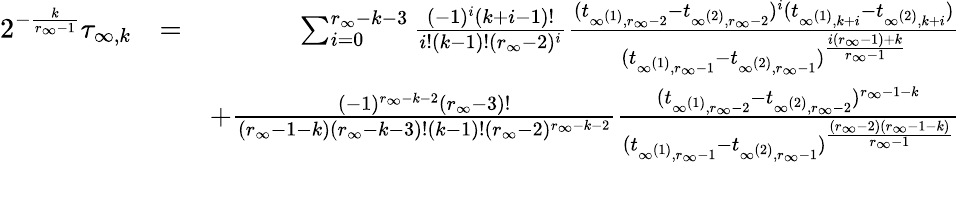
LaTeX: \begin{array}{rlr}{2^{-\frac{k}{r_{\infty}-1}}\tau_{\infty,k}}&{=}&{\sum_{i=0}^{r_{\infty}-k-3}\frac{(-1)^{i}(k+i-1)!}{i!(k-1)!(r_{\infty}-2)^{i}}\frac{(t_{\infty^{(1)},r_{\infty}-2}-t_{\infty^{(2)},r_{\infty}-2})^{i}(t_{\infty^{(1)},k+i}-t_{\infty^{(2)},k+i})}{(t_{\infty^{(1)},r_{\infty}-1}-t_{\infty^{(2)},r_{\infty}-1})^{\frac{i(r_{\infty}-1)+k}{r_{\infty}-1}}}}\\ &{}&{+\frac{(-1)^{r_{\infty}-k-2}(r_{\infty}-3)!}{(r_{\infty}-1-k)(r_{\infty}-k-3)!(k-1)!(r_{\infty}-2)^{r_{\infty}-k-2}}\frac{(t_{\infty^{(1)},r_{\infty}-2}-t_{\infty^{(2)},r_{\infty}-2})^{r_{\infty}-1-k}}{(t_{\infty^{(1)},r_{\infty}-1}-t_{\infty^{(2)},r_{\infty}-1})^{\frac{(r_{\infty}-2)(r_{\infty}-1-k)}{r_{\infty}-1}}}}\\ &{}&\end{array}